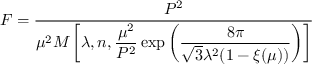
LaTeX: F = \frac { P ^ { 2 } } { \mu ^ { 2 } { \cal M } \left[ \lambda , n , \displaystyle { \frac { \mu ^ { 2 } } { P ^ { 2 } } } \exp \left( { \frac { 8 \pi } { \sqrt { 3 } \lambda ^ { 2 } ( 1 - \xi ( \mu ) ) } } \right) \right] }